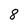
Character: 8